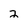
Character: 2